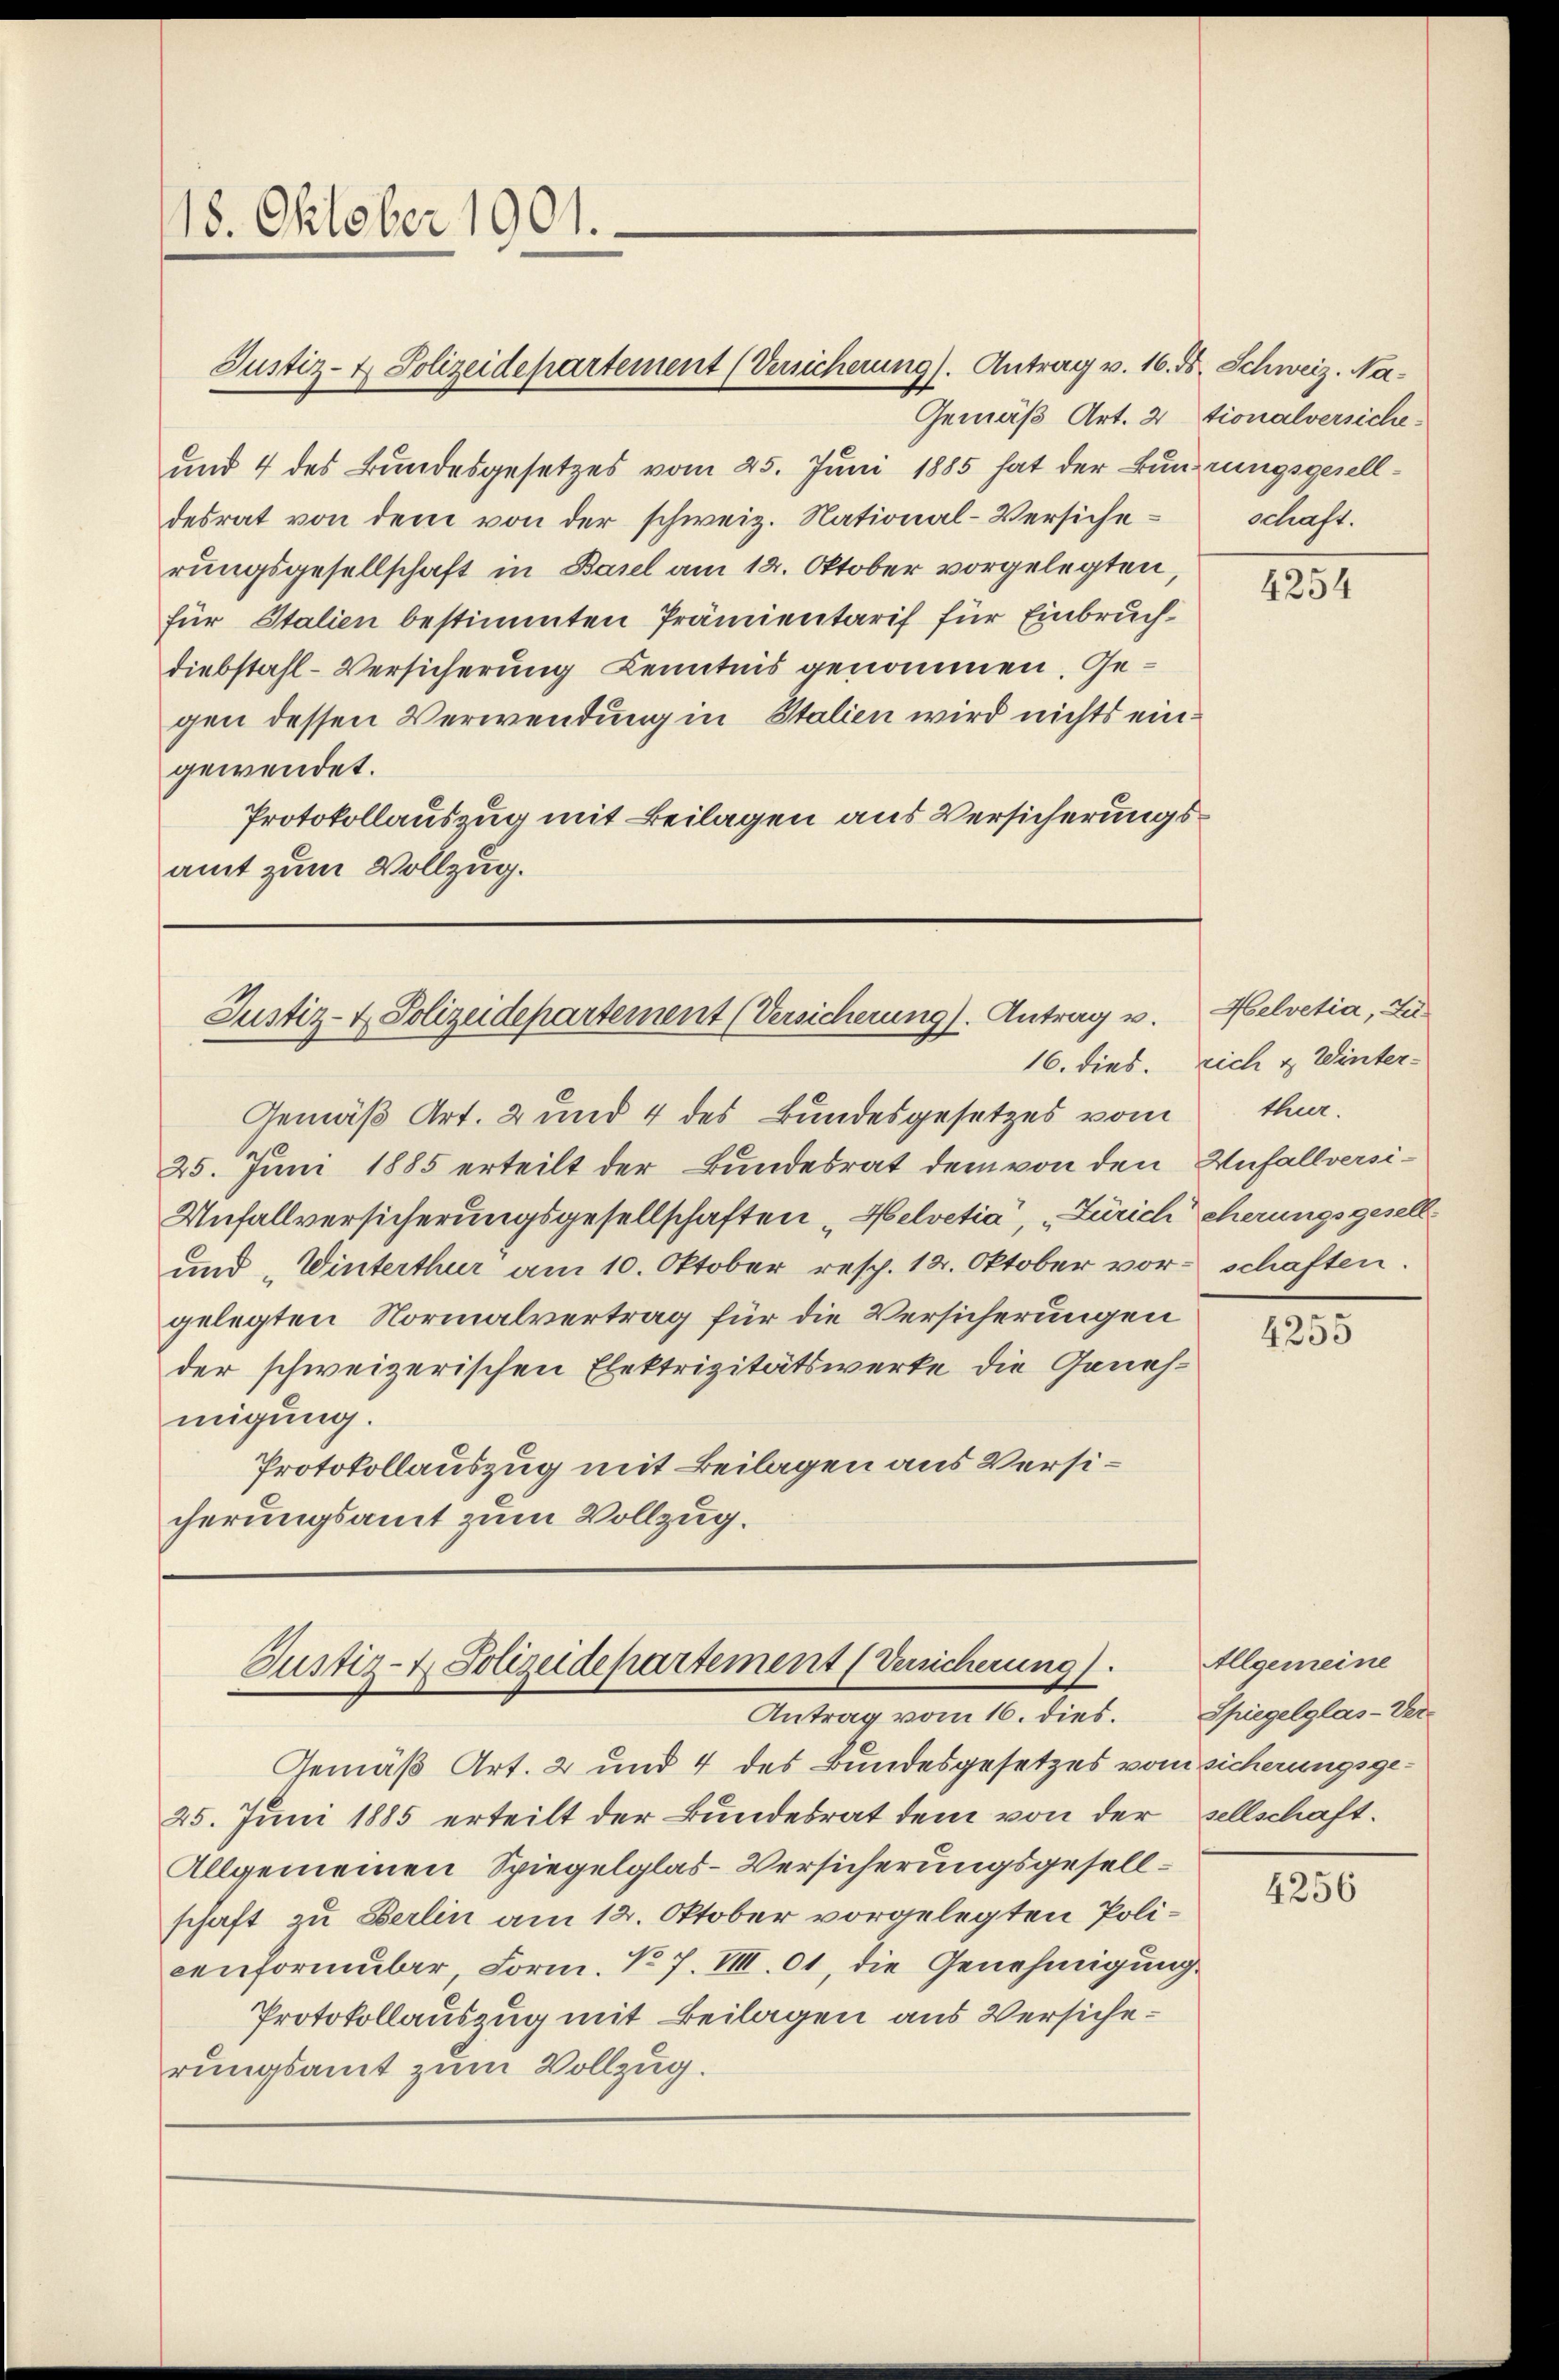
18. Oktober 1901.

Justiz- & Polizeidepartement (Versicherung). Antrag v. 16. ds. Schweiz. Na¬

und 4 des Bundesgesetzes vom 25. Juni 1885 hat der Bunderungsgeselldesrat von dem von der schweiz. National-Versicherungsgesellschaft in Basel am 14. Oktober vorgelegten,
für Italien bestimmten Prämientarif für Einbruchdiebstahl-Versicherung Kenntnis genommen. Gegen dessen Verwendung in Stalien wird nichts eingewendet.
Protokollauszug mit Beilagen aus Versicherungsamt zum Vollzug.

Justiz- & Polizeidepartement (Versicherung). Antrag v.

Gemäß Art. 2 und 4 des Bundesgesetzes vom ther.
25. Juni 1885 erteilt der Bundesrat dem von den Unfallversi¬
Unfallversicherungsgesellschaften „Helvetia“, „Zürich eherungsgesell¬
und Winterthur am 10. Oktober resp. 14. Oktober vor schaften.
gelegten Normalvertrag für die Versicherungen
der schweizerischen Elektrizitätswerke die Genehmigung.
Protokollauszug mit Beilagen aus Versicherungsamt zum Vollzug.

Justiz- & Polizeidepartement (Versicherung).
Antrag vom 16. dies.

Gemäß Art. 2 und 4 des Bundesgesetzes vom sicherungsge¬
25. Juni 1885 erteilt der Bundesrat dem von der sellschaft.
Allgemeinen Spiegelglas-Versicherungsgesellschaft zu Berlin am 12. Oktober vorgelegten Policenformŭber Form. No 7. VIII. 01, die Genehmigung
Protokollauszug mit Beilagen aus Versicherungsamt zum Vollzug.

Gemäß Art. 2 tionalversiche
schaft.

4254

Helvetia, Zu
16. dies. rich & Winter-

4255

Allgemeine
Spiegelglas-Ver¬

4256